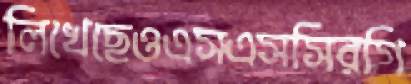
লিখেছেওএসএসসিরগি